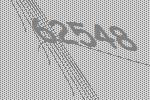
62548